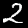
Digit: 2